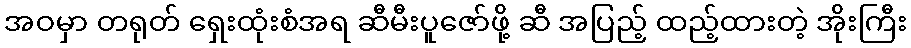
အဝမှာ တရုတ် ရှေးထုံးစံအရ ဆီမီးပူဇော်ဖို့ ဆီ အပြည့် ထည့်ထားတဲ့ အိုးကြီး